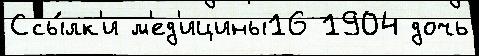
Ссы́лк'и м'ед'ицины16 1904 дочь